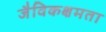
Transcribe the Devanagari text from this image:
जैविकक्षमता